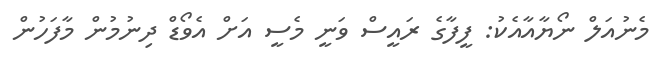
މެނުއަލް ނޯޔާއާއެކު: ފީފާގެ ރައީސް ވަނީ މެސީ އަށް އެވޯޑް ދިނުމުން މާފަހުން